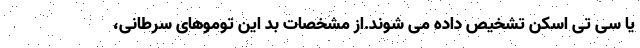
یا سی تی اسکن تشخیص داده می شوند.از مشخصات بد این توموهای سرطانی،